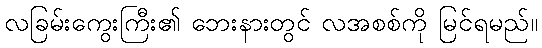
လခြမ်းကွေးကြီး၏ ဘေးနားတွင် လအစစ်ကို မြင်ရမည်။